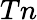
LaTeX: Tn